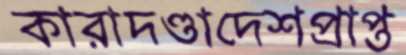
কারাদণ্ডাদেশপ্রাপ্ত